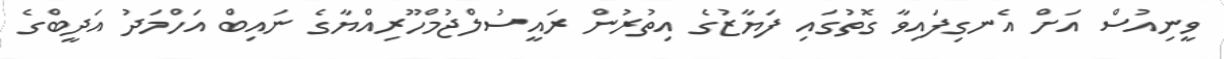
ވީނިއުސް އަށް އެނގިފައިވާ ގޮތުގައި ފަޔާޒުގެ އިތުރުން ރައީސުލްޖުމްހޫރިއްޔާގެ ނައިބް އަހްމަދު އަދީބްގެ